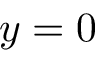
y = 0